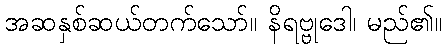
အဆနှစ်ဆယ်တက်သော်။ နိရဗ္ဗုဒေါ၊ မည်၏။